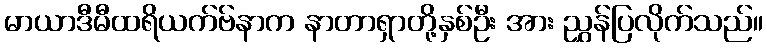
မာယာဒီမီထရိယက်ဗ်နာက နာတာရှာတို့နှစ်ဦး အား ညွှန်ပြလိုက်သည်။